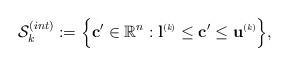
LaTeX: \begin{align*} \mathcal{S}^{(int)}_k := \Big\{\mathbf{c}' \in \mathbb{R}^{n}: \mathbf{l}^{\mbox{\tiny \upshape (\itshape k\upshape)}} \leq \mathbf{c}' \leq \mathbf{u}^{\mbox{\tiny \upshape (\itshape k\upshape)}} \Big\},\end{align*}